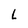
Character: L